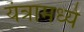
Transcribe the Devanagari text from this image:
यंत्रामध्ये